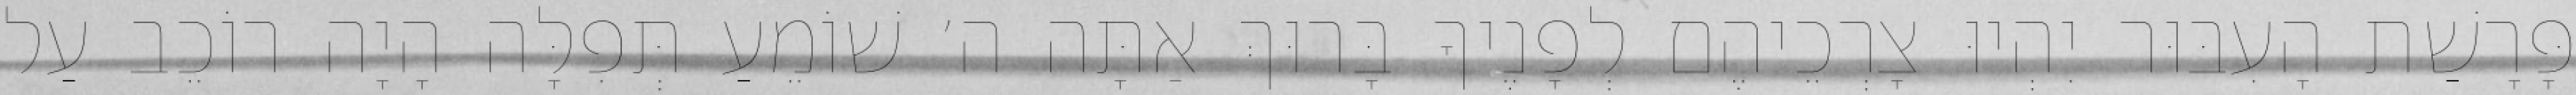
פָּרָשַׁת הָעִבּוּר יִהְיוּ צָרְכֵיהֶם לְפָנֶיךָ בָּרוּךְ אַתָּה ה׳ שׁוֹמֵעַ תְּפִלָּה הָיָה רוֹכֵב עַל